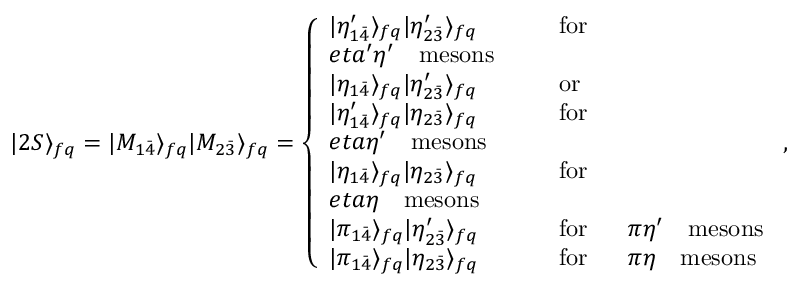
| 2 S \rangle _ { f q } = | M _ { 1 \bar { 4 } } \rangle _ { f q } | M _ { 2 \bar { 3 } } \rangle _ { f q } = \left\{ \begin{array} { l l } { { | \eta _ { 1 \bar { 4 } } ^ { \prime } \rangle _ { f q } | \eta _ { 2 \bar { 3 } } ^ { \prime } \rangle _ { f q } } } & { { \ \ \ \ \ \mathrm { f o r } \ \ \ \ } } \\ { { e t a ^ { \prime } \eta ^ { \prime } \ \ \ \mathrm { m e s o n s } } } \\ { { | \eta _ { 1 \bar { 4 } } \rangle _ { f q } | \eta _ { 2 \bar { 3 } } ^ { \prime } \rangle _ { f q } } } & { { \ \ \ \ \ \mathrm { o r } } } \\ { { | \eta _ { 1 \bar { 4 } } ^ { \prime } \rangle _ { f q } | \eta _ { 2 \bar { 3 } } \rangle _ { f q } } } & { { \ \ \ \ \ \mathrm { f o r } \ \ \ \ } } \\ { { e t a \eta ^ { \prime } \ \ \ \mathrm { m e s o n s } } } \\ { { | \eta _ { 1 \bar { 4 } } \rangle _ { f q } | \eta _ { 2 \bar { 3 } } \rangle _ { f q } } } & { { \ \ \ \ \ \mathrm { f o r } \ \ \ \ } } \\ { { e t a \eta \ \ \ \mathrm { m e s o n s } } } \\ { { | \pi _ { 1 \bar { 4 } } \rangle _ { f q } | \eta _ { 2 \bar { 3 } } ^ { \prime } \rangle _ { f q } } } & { { \ \ \ \ \ \mathrm { f o r } \ \ \ \ \ \pi \eta ^ { \prime } \ \ \ \mathrm { m e s o n s } } } \\ { { | \pi _ { 1 \bar { 4 } } \rangle _ { f q } | \eta _ { 2 \bar { 3 } } \rangle _ { f q } } } & { { \ \ \ \ \ \mathrm { f o r } \ \ \ \ \ \pi \eta \ \ \ \mathrm { m e s o n s } } } \end{array} \right. ,